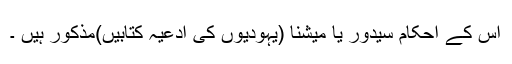
اس کے احکام سیدور یا میشنا (یہودیوں کی ادعیہ کتابیں)مذکور ہیں ۔